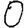
Digit: 0